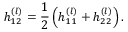
h _ { 1 2 } ^ { ( l ) } = \frac { 1 } { 2 } \left( h _ { 1 1 } ^ { ( l ) } + h _ { 2 2 } ^ { ( l ) } \right) .